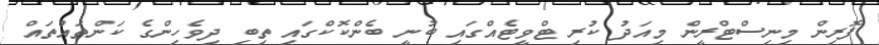
ފޮރިން މިނިސްޓްރީން މިއަދު ކުރި ޓްވީޓެއްގައި ބުނީ ބެންކޮކްގައި ތިބި ދިވެހިންގެ ކަންތައްތައް